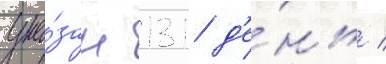
ука́зан 131 д'е́нь /